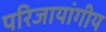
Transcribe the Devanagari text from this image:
परिजायांगीय